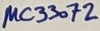
Text: µC33072